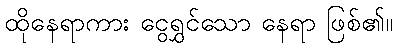
ထိုနေရာကား ငွေရွှင်သော နေရာ ဖြစ်၏။